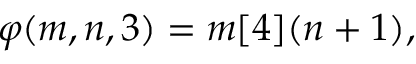
\varphi ( m , n , 3 ) = m [ 4 ] ( n + 1 ) , \,